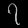
Digit: ၇